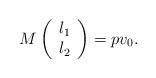
LaTeX: \begin{align*}M\left( {\begin{array}{*{20}{c}}l_1\\l_2\end{array}} \right)=pv_0.\end{align*}